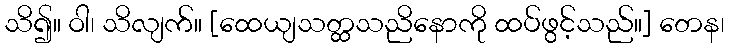
သိ၍။ ဝါ၊ သိလျက်။ [ထေယျသတ္ထသညိနောကို ထပ်ဖွင့်သည်။] တေန၊